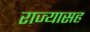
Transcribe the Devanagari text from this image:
राज्यासह